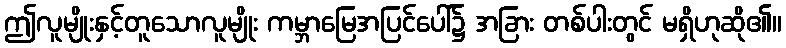
ဤလူမျိုးနှင့်တူသောလူမျိုး ကမ္ဘာမြေအပြင်ပေါ်၌ အခြား တစ်ပါးတွင် မရှိဟုဆို၏။